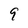
Character: 9